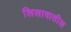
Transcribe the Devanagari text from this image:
लिलावातील